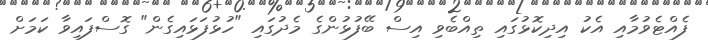
ފެއްޓެވުމާއި އެކު އިދިކޮޅުގައި ތިއްބެވި އިސް ބޭފުޅުންގެ މެދުގައި "ހުޅުފަޅައިގެން" ގޮސްފައިވާ ކަމަށް